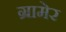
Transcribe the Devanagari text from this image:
ग्रामेर